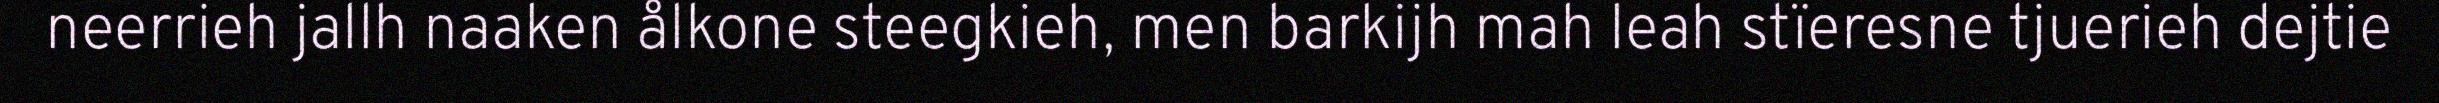
neerrieh jallh naaken ålkone steegkieh, men barkijh mah leah stïeresne tjuerieh dejtie